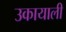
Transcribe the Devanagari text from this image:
उकायाली